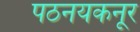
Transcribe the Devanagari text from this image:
पठनयकनूर